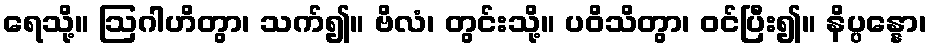
ရေသို့။ ဩဂါဟိတွာ၊ သက်၍။ ဗိလံ၊ တွင်းသို့။ ပဝိသိတွာ၊ ဝင်ပြီး၍။ နိပ္ပန္နော၊